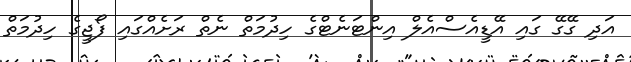
އަދި ގޭގޭ ގައި އޭޑީއެސްއެލް އިންޓަނެޓްގެ ހިދުމަތް ނެތް ރަށެއްގައި ފޯޖީގެ ހިދުމަތް